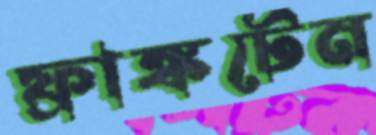
ফ্রাঙ্কটেন